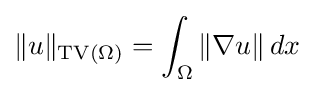
\|u\|_{\operatorname {TV} (\Omega )}=\int _{\Omega }\|\nabla u\|\,dx